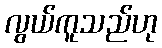
လွယ်ကူသည်ဟု